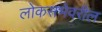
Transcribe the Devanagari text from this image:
लोकसभेवरील